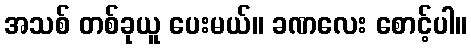
အသစ် တစ်ခုယူ ပေးမယ်။ ခဏလေး စောင့်ပါ။